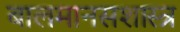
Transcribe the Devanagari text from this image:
बालमानसशास्त्र